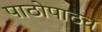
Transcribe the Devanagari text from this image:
पाठोपाठच